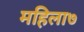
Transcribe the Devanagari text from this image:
महिला७